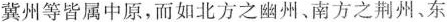
冀州等皆属中原，而如北方之幽州、南方之荆州、东